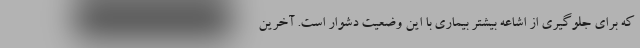
که برای جلوگیری از اشاعه بیشتر بیماری با این وضعیت دشوار است. آخرین